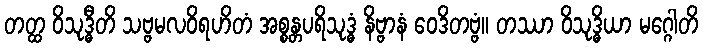
တတ္ထ ဝိသုဒ္ဓီတိ သဗ္ဗမလဝိရဟိတံ အစ္စန္တပရိသုဒ္ဓံ နိဗ္ဗာနံ ဝေဒိတဗ္ဗံ။ တဿာ ဝိသုဒ္ဓိယာ မဂ္ဂေါတိ